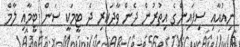
ނިއުއާއި ސިފައިންގެ އިތުރުން ދެން ވާދަކުރި ދެ ޓީމަކީ ސަން ޓީމާއި ލާމް